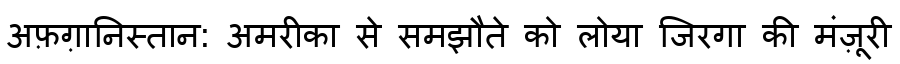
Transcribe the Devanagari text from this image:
अफ़ग़ानिस्तान: अमरीका से समझौते को लोया जिरगा की मंज़ूरी